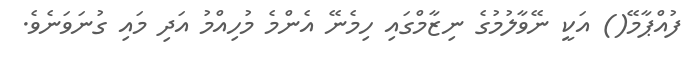
ފުއްޕާމޭ() އަކީ ނޭވާލުމުގެ ނިޒާމްގައި ހިމެނޭ އެންމެ މުހިއްމު އަދި މައި ގުނަވަނެވެ.